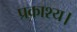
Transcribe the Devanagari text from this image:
प्रकाश्य।